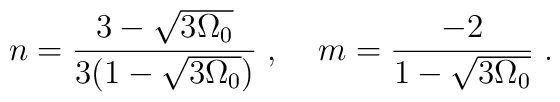
n = \frac{3 - \sqrt{3 \Omega_0}}{3 (1 - \sqrt{3 \Omega_0})} \; , \; \; \; \; m = \frac{- 2}{1 - \sqrt{3 \Omega_0}} \; .